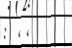
: